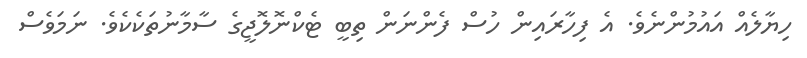
ހިޔާލެއް އައުމުންނެވެ. އެ ފިހާރައިން ހުސް ފެންނަން ތިބީ ޓެކްނޮލޮޖީގެ ސާމާނުތަކެކެވެ. ނަމަވެސް